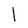
Character: l